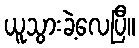
ယူသွားခဲ့လေပြီ။